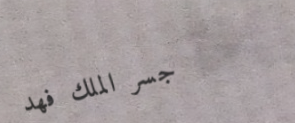
جسر الملك فهد